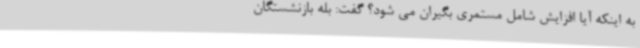
به اینکه آیا افزایش شامل مستمری بگیران می شود؟ گفت: بله بازنشستگان